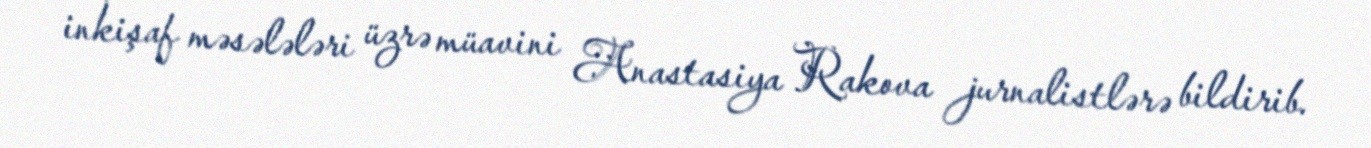
inkişaf məsələləri üzrə müavini Anastasiya Rakova jurnalistlərə bildirib.